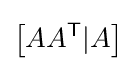
\left[AA^{\mathsf {T}}|A\right]